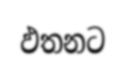
ඵතනට